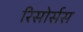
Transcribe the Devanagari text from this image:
रिसोर्सस